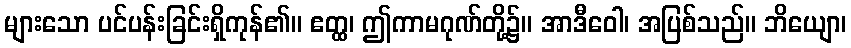
များသော ပင်ပန်းခြင်းရှိကုန်၏။ ဧတ္ထ၊ ဤကာမဂုဏ်တို့၌။ အာဒီဝေါ၊ အပြစ်သည်။ ဘိယျော၊